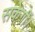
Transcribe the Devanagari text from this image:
सकेगीं।